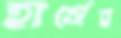
হার্সের